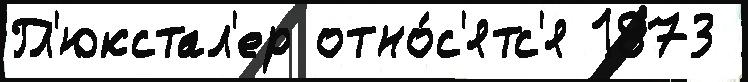
Гл'юкстал'ер отно́с'ятс'я 1873